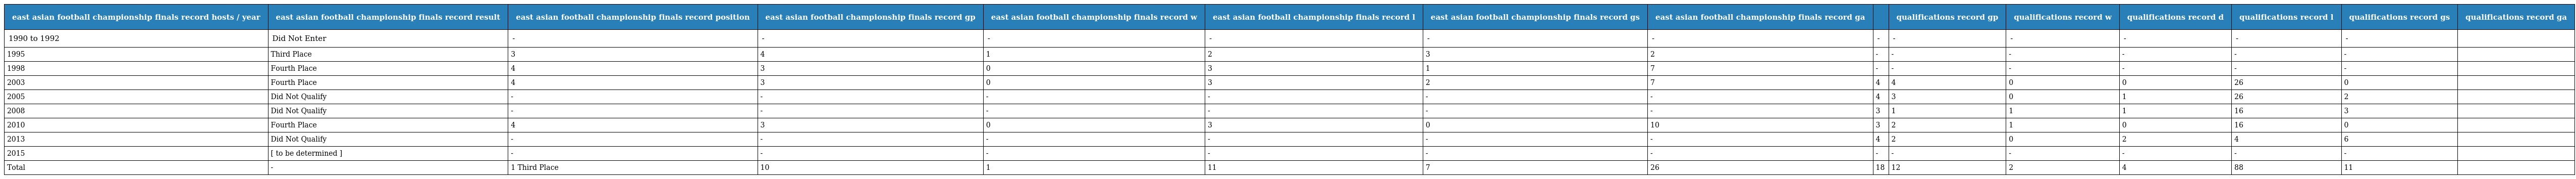
| east asian football championship finals record hosts / year | east asian football championship finals record result | east asian football championship finals record position | east asian football championship finals record gp | east asian football championship finals record w | east asian football championship finals record l | east asian football championship finals record gs | east asian football championship finals record ga |  | qualifications record gp | qualifications record w | qualifications record d | qualifications record l | qualifications record gs | qualifications record ga |
 | --- | --- | --- | --- | --- | --- | --- | --- | --- | --- | --- | --- | --- | --- | --- |
 | 1990 to 1992 | Did Not Enter | - | - | - | - | - | - | - | - | - | - | - | - |  |
 | 1995 | Third Place | 3 | 4 | 1 | 2 | 3 | 2 | - | - | - | - | - | - |  |
 | 1998 | Fourth Place | 4 | 3 | 0 | 3 | 1 | 7 | - | - | - | - | - | - |  |
 | 2003 | Fourth Place | 4 | 3 | 0 | 3 | 2 | 7 | 4 | 4 | 0 | 0 | 26 | 0 |  |
 | 2005 | Did Not Qualify | - | - | - | - | - | - | 4 | 3 | 0 | 1 | 26 | 2 |  |
 | 2008 | Did Not Qualify | - | - | - | - | - | - | 3 | 1 | 1 | 1 | 16 | 3 |  |
 | 2010 | Fourth Place | 4 | 3 | 0 | 3 | 0 | 10 | 3 | 2 | 1 | 0 | 16 | 0 |  |
 | 2013 | Did Not Qualify | - | - | - | - | - | - | 4 | 2 | 0 | 2 | 4 | 6 |  |
 | 2015 | [ to be determined ] | - | - | - | - | - | - | - | - | - | - | - | - |  |
 | Total | - | 1 Third Place | 10 | 1 | 11 | 7 | 26 | 18 | 12 | 2 | 4 | 88 | 11 |  |